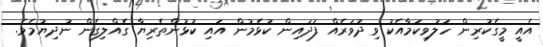
އެއީ މީގެކުރިން ހަލުވިކަމާއެކު ވިދުވަރެއް ފަދައިން ކުޅެމުން އައި ކުޅުންތެރިޔާ ގެއްލިގެން ނުދިޔުމެވެ.